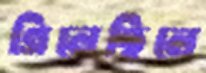
গিলেছিলে